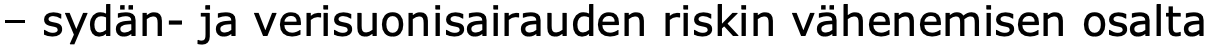
– sydän- ja verisuonisairauden riskin vähenemisen osalta